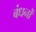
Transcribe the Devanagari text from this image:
बंधनोँ